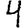
Digit: 4